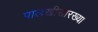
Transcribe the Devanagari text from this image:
पालखीसारख्या